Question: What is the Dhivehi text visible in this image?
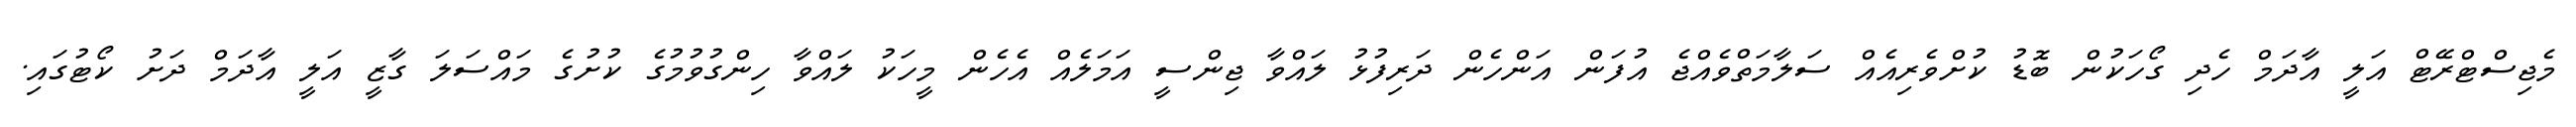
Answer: މެޖިސްޓްރޭޓް އަލީ އާދަމް ހެދި ގޯހަކުން ބޮޑު ކުށްވެރިއެއް ސަލާމަތްވެއްޖެ އުފަން އަންހެން ދަރިފުޅު ލައްވާ ޖިންސީ އަމަލެއް އެހެން މީހަކު ލައްވާ ހިންގުވުމުގެ ކުށުގެ މައްސަލަ ގާޒީ އަލީ އާދަމް ދަށު ކޯޓުގައި.